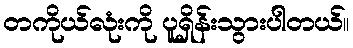
တကိုယ်လုံးကို ပူရှိန်းသွားပါတယ်။